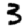
Digit: 3